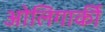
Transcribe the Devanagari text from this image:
ओलिगार्की